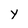
Character: y